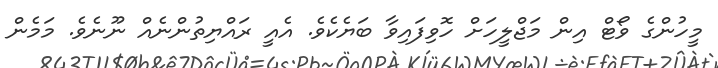
މީހުންގެ ވޯޓް އިން މަޖްލީހަށް ހޮވިފައިވާ ބަޔެކެވެ. އެއީ ރައްޔިތުންނެއް ނޫނެވެ. މަމެން